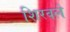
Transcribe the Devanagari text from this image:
शिरवले